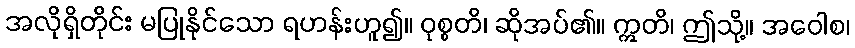
အလိုရှိတိုင်း မပြုနိုင်သော ရဟန်းဟူ၍။ ဝုစ္စတိ၊ ဆိုအပ်၏။ ဣတိ၊ ဤသို့။ အဝေါစ၊